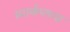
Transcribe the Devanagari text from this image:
स्पार्कप्लग्स